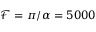
\mathcal { F } = \pi / \alpha = 5 0 0 0